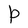
Character: P